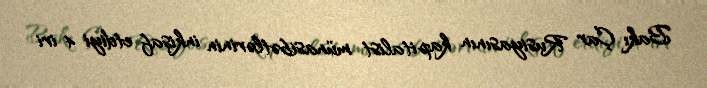
Bakı Çar Rusiyasının kapitalist münasibətlərinin inkişaf etdiyi 4 iri